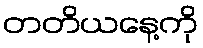
တတိယနေ့ကို